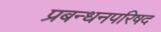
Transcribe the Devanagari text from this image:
प्रबन्धनपरिषद